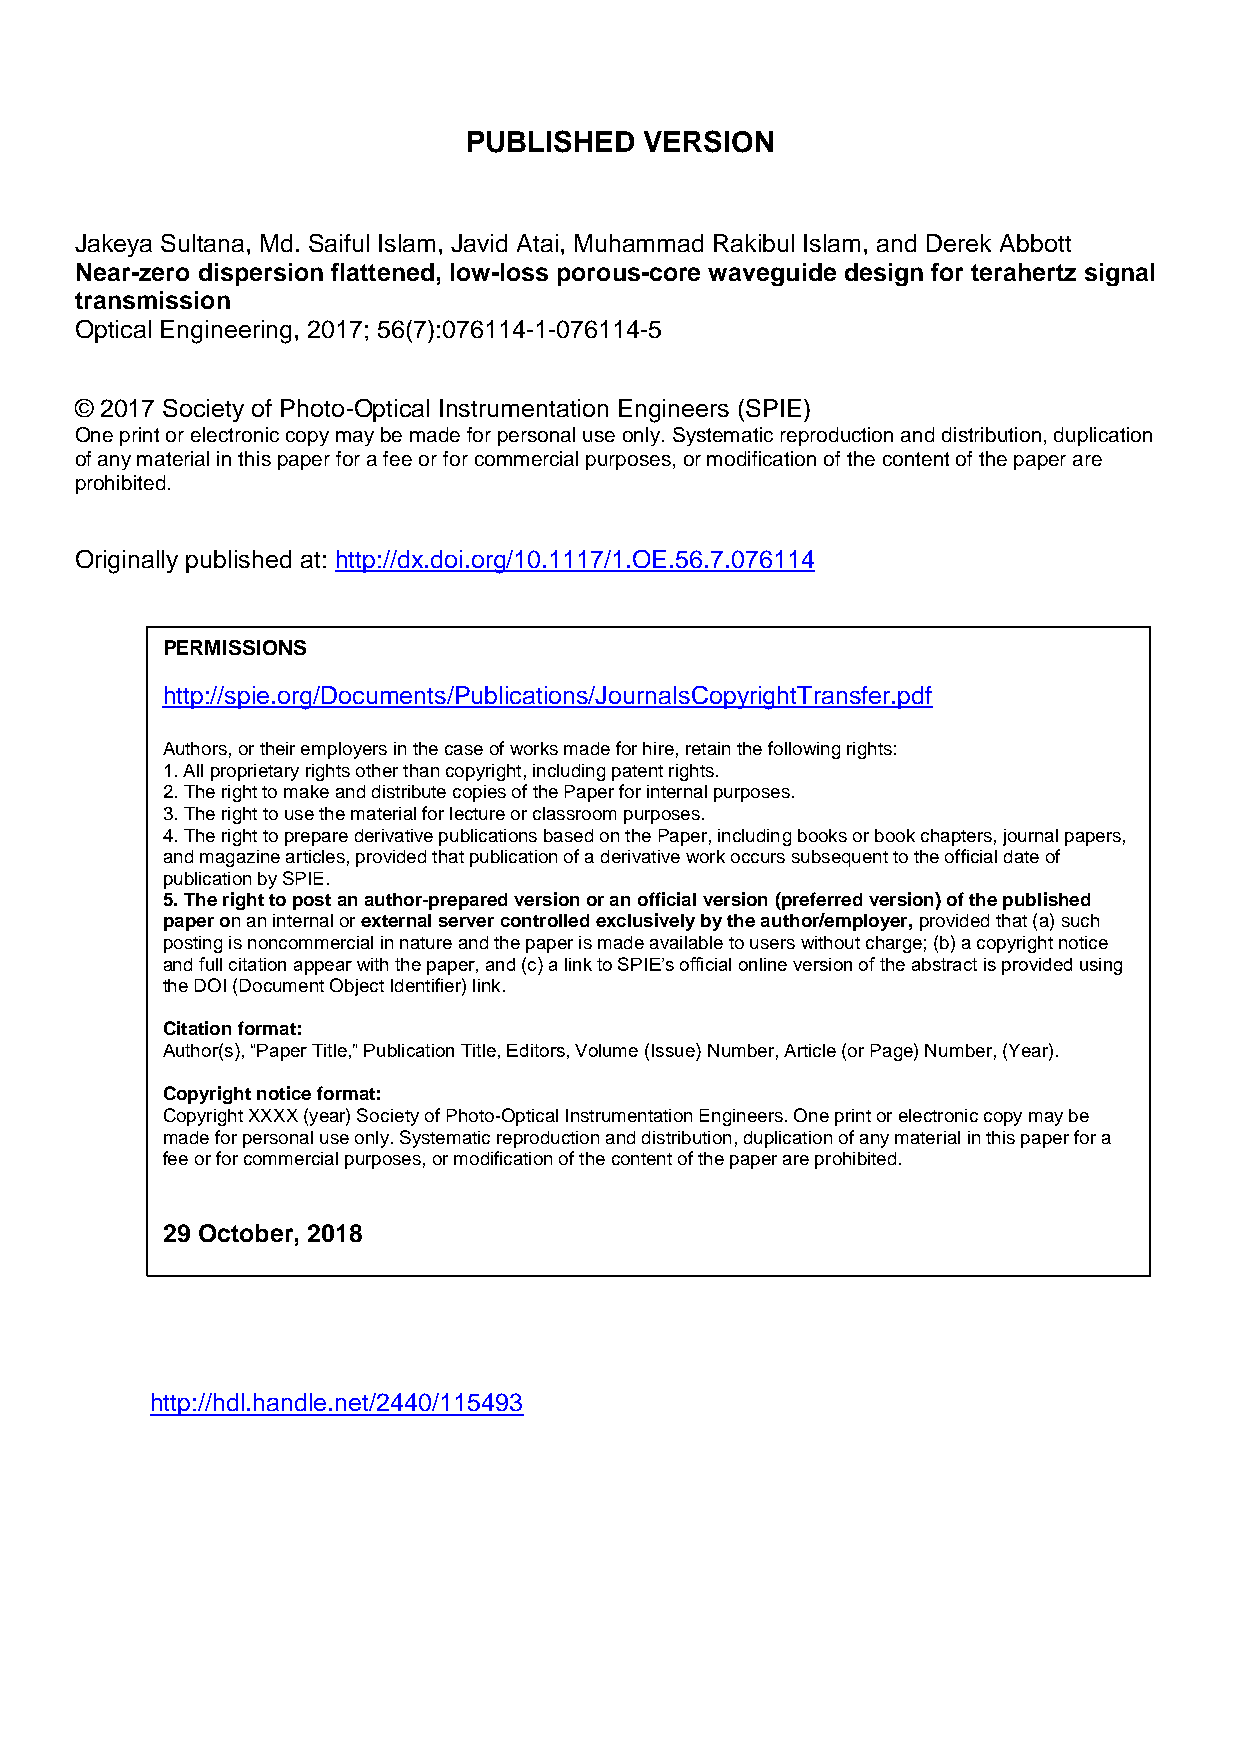
PUBLISHED   VERSION
 Jakeya Sultana, Md. Saiful Islam, Javid Atai, Muhammad Rakibul Islam, and Derek Abbott
 Near-zero dispersion flattened, low-loss porous-core waveguide design for terahertz signal
 transmission
 Optical Engineering, 2017; 56(7):076114-1-076114-5
 © 2017 Society of Photo-Optical Instrumentation Engineers (SPIE)
 One print or electronic copy may be made for personal use only. Systematic reproduction and distribution, duplication
 of any material in this paper for a fee or for commercial purposes, or modification of the content of the paper are
 prohibited.
 Originally published at: http://dx.doi.org/10.1117/1.OE.56.7.076114
 PERMISSIONS
 http://spie.org/Documents/Publications/JournalsCopyrightTransfer.pdf
 Authors, or their employers in the case of works made for hire, retain the following rights:
 1. All proprietary rights other than copyright, including patent rights.
 2. The right to make and distribute copies of the Paper for internal purposes.
 3. The right to use the material for lecture or classroom purposes.
 4. The right to prepare derivative publications based on the Paper, including books or book chapters, journal papers,
 and magazine articles, provided that publication of a derivative work occurs subsequent to the official date of
 publication by SPIE.
 5. The right to post an author-prepared version or an official version (preferred version) of the published
 paper on an internal or external server controlled exclusively by the author/employer, provided that (a) such
 posting is noncommercial in nature and the paper is made available to users without charge; (b) a copyright notice
 and full citation appear with the paper, and (c) a link to SPIE’s official online version of the abstract is provided using
 the DOI (Document Object Identifier) link.
 Citation format:
 Author(s), “Paper Title,” Publication Title, Editors, Volume (Issue) Number, Article (or Page) Number, (Year).
 Copyright notice format:
 Copyright XXXX (year) Society of Photo-Optical Instrumentation Engineers. One print or electronic copy may be
 made for personal use only. Systematic reproduction and distribution, duplication of any material in this paper for a
 fee or for commercial purposes, or modification of the content of the paper are prohibited.
 29 October, 2018
 http://hdl.handle.net/2440/115493
 date ‘rights url’ accessed / permission obtained: (overwrite text)